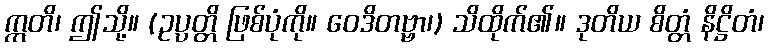
ဣတိ၊ ဤသို့။ (ဥပ္ပတ္တိ ဖြစ်ပုံကို။ ဝေဒိတဗ္ဗာ၊) သိထိုက်၏။ ဒုတိယ စိတ္တံ နိဋ္ဌိတံ၊